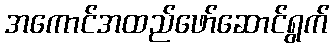
အကောင်အထည်ဖော်ဆောင်ရွက်